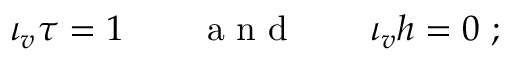
\iota _ { v } \tau = 1 \qquad \mathrm { ~ a ~ n ~ d ~ } \qquad \iota _ { v } h = 0 \ ;